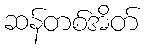
ဆန်တစ်အိတ်